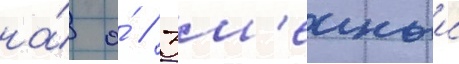
на́ о́ // Зм'еиныи